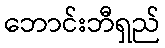
ဘောင်းဘီရှည်